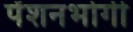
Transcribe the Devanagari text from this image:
पेंशनभोगी